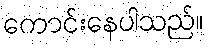
ကောင်းနေပါသည်။